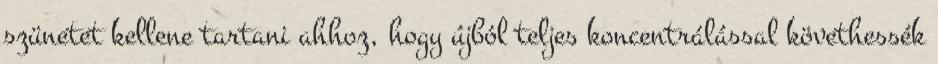
szünetet kellene tartani ahhoz, hogy újból teljes koncentrálással követhessék